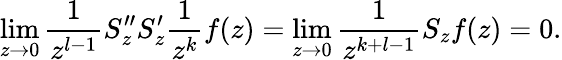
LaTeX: \operatorname*{lim}_{z\to 0}\frac{1}{z^{l-1}}S_{z}^{\prime\prime}S_{z}^{\prime}\frac{1}{z^{k}}f(z)=\operatorname*{lim}_{z\to 0}\frac{1}{z^{k+l-1}}S_{z}f(z)=0.